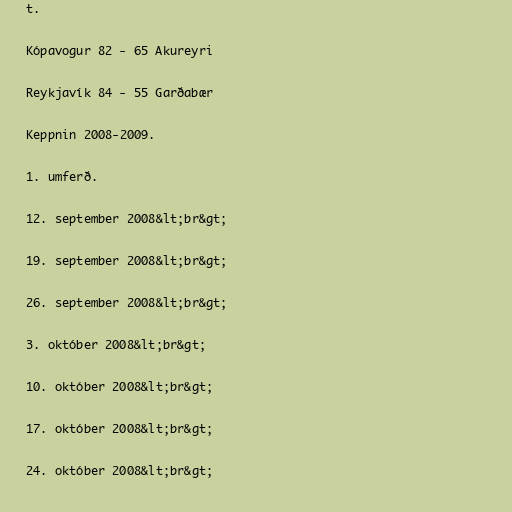
t.

Kópavogur 82 - 65 Akureyri

Reykjavík 84 - 55 Garðabær

Keppnin 2008-2009.

1. umferð.

12. september 2008&lt;br&gt;

19. september 2008&lt;br&gt;

26. september 2008&lt;br&gt;

3. október 2008&lt;br&gt;

10. október 2008&lt;br&gt;

17. október 2008&lt;br&gt;

24. október 2008&lt;br&gt;